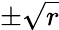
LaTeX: \pm\sqrt{r}